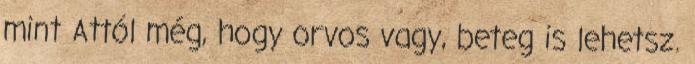
mint Attól még, hogy orvos vagy, beteg is lehetsz.